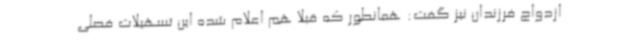
ازدواج فرزندان نیز گفت: همانطور که قبلا هم اعلام شده این تسهیلات فصلی